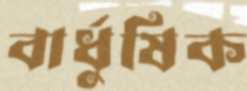
বার্ধুষিক